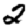
Digit: 2